Sanitation, dispensaries and jails vaccination Rajputana 1922-1927 - 1922-1927
Year: 1922
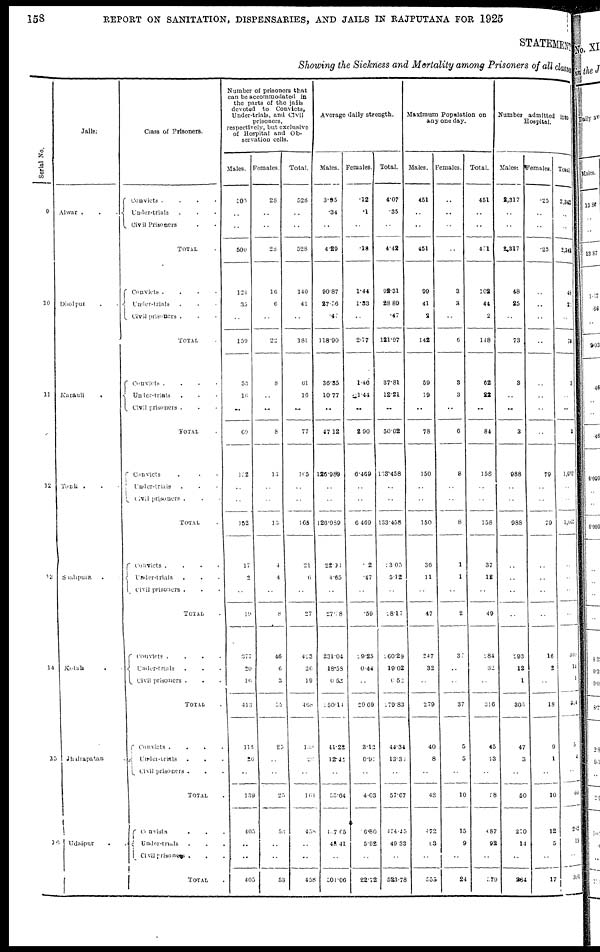
158
REPORT ON SANITATION, DISPENSARIES, AND JAILS IN RAJPUTANA FOR 1925
STATEMENT
Showing the Sickness and Mortality among Prisoners of all classes
Serial No.
9
10
11
12
13
14
15
16
Jails.
Alwar .
.
.
Dholpur
.
Karauli
.
Tonk . .
Shahpura .
Kotah .
Jhalrapatan .
Udaipur . .
Class of Prisoners.
Convicts .
.
.
.
Under-trials . . .
Civil Prisoners . .
TOTAL .
Convicts .
.
.
.
Under-trials . . .
Civil prisoners . .
TOTAL .
Convicts .
.
.
.
Under-trials . . .
Civil prisoners . .
TOTAL .
Convicts . . . .
Under-trials . . .
Civil prisoners .
TOTAL .
Convicts .
.
.
.
Under-trials . . .
Civil prisoners . .
TOTAL .
Convicts
.
.
.
.
Under-trials . . .
Civil prisoners .
TOTAL .
Convicts .
.
.
.
Under-trials . . .
Civil
prisoners . .
TOTAL .
Convicts . . . .
Under-trials . . .
Civil prisoners . .
TOTAL .
Number of prisoners that
can be accommodated in
the parts of the jails
devoted to Convicts,
Under-trials, and Civil
prisoners,
respectively, but exclusive
of Hospital and Ob-
servation cells.
Males.
500
..
..
500
124
35
..
159
53
16
..
69
152
..
..
152
17
2
..
19
377
20
16
413
113
26
..
139
405
..
..
405
Females.
28
..
..
28
16
6
..
22
8
..
..
8
13
..
..
13
4
4
..
8
46
6
3
55
25
..
..
25
53
..
..
53
Total.
528
..
..
528
140
41
..
181
61
16
..
77
165
..
..
165
21
6
..
27
423
26
19
468
138
26
..
164
458
..
..
458
Average daily strength.
Males.
3.95
.34
..
4.29
90.87
27.56
.47
118.90
36.35
10.77
..
47.12
126.989
..
..
126.989
22.93
4.65
..
27.58
231.04
18.58
0.52
250.14
41.22
12.42
..
53.64
457.65
43.41
..
501.06
Females.
.12
.1
..
.13
1.44
1.33
..
2.77
1.46
1.44
..
2.90
6.469
..
..
6.409
.12
.47
..
.59
29.25
0.44
..
29.69
3.12
0.94
..
4.03
16.80
5.92
..
22.72
Total.
4.07
.35
..
4.42
92.31
28.89
.47
121.67
37.81
12.21
..
50.02
133.458
..
..
133.458
23.05
5.12
..
28.17
260.29
19.02
0.52
279.83
44.34
13.36
..
57.67
474.45
49.33
..
523.78
Maximum Population on
any one day.
Males.
451
..
..
451
99
41
2
142
59
19
..
78
150
..
..
150
36
11
..
47
247
32
..
279
40
8
..
48
472
83
..
555
Females.
..
..
..
..
3
3
..
6
3
3
..
6
8
..
..
8
1
1
..
2
37
..
..
37
5
5
..
10
15
9
..
24
Total.
451
..
..
451
102
44
2
148
62
22
..
84
158
..
..
158
37
12
..
49
284
32
..
316
45
13
..
58
487
92
..
579
Number admitted into
Hospital.
Males.
2,317
..
..
2,317
48
25
..
73
3
..
..
3
988
..
..
988
..
..
..
..
293
12
1
306
47
3
..
50
270
14
..
284
Females.
25
..
..
25
..
..
..
..
..
..
..
..
79
..
..
79
..
..
..
..
16
2
..
18
9
1
..
10
12
5
..
17
Total.
2,342
..
..
2,342
48
25
..
73
3
..
..
3
1,067
..
..
1,067
..
..
..
..
309
14
1
324
56
4
..
60
282
19
..
301